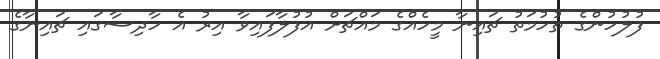
ފުލުހުންގެ ތުހުމަތު ޗައިނާ މީހެއްގެ މައްޗަށް އުފުލާފައިވާ އިރު އެ ހާދިސާގައި ޗައިނާގެ